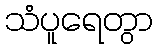
သံပူရေတွာ